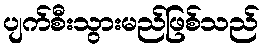
ပျက်စီးသွားမည်ဖြစ်သည်